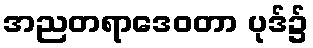
အညတရာဒေဝတာ ပုဒ်၌